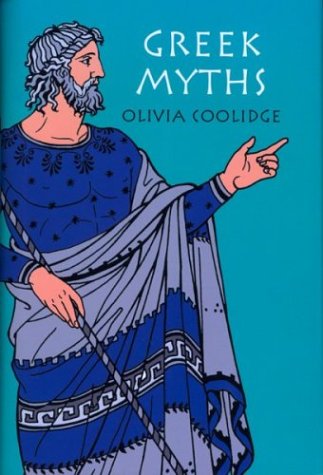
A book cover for Greek Myths; Olivia E. Coolidge; Children's Books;